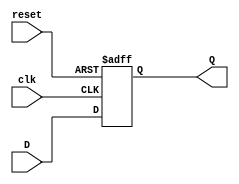
module FlipFlopRegister #(
    parameter WIDTH = 8  // Configurable width of the register
)(
    input wire clk,      // Clock input
    input wire reset,    // Asynchronous reset input
    input wire [WIDTH-1:0] D, // Data input
    output reg [WIDTH-1:0] Q   // Data output
);

// Always block triggered on the clock edge
always @(posedge clk or posedge reset) begin
    if (reset) begin
        Q <= {WIDTH{1'b0}}; // Reset the register to zero
    end else begin
        Q <= D; // Capture the input data on clock edge
    end
end

endmodule